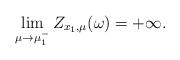
LaTeX: \begin{align*}\lim_{\mu \rightarrow \mu_1^-}Z_{x_1,\mu}(\omega)=+\infty.\end{align*}